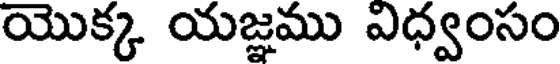
యొక్క యజ్ఞము విధ్వంసం